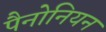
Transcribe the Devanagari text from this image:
पैनोनियन